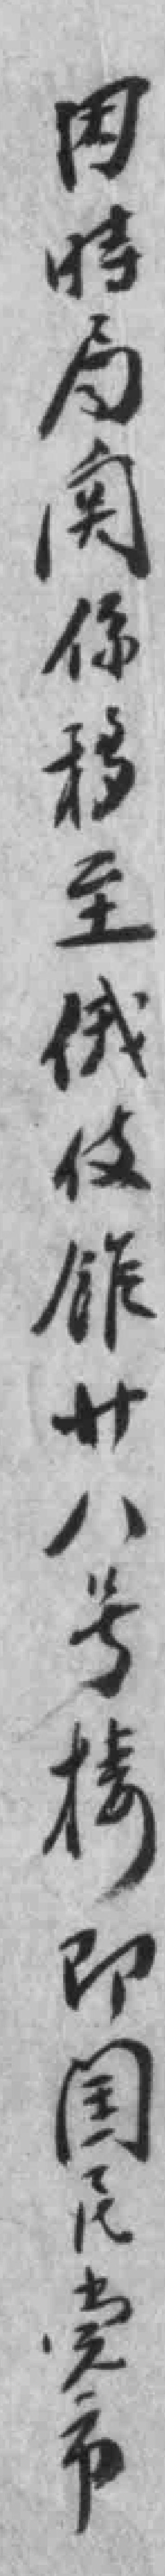
因時局関係移至俄使舘廿八号楼即国民党市